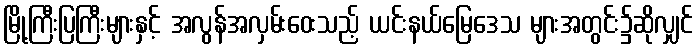
မြို့ကြီးပြကြီးများနှင့် အလွန်အလှမ်းဝေးသည့် ယင်းနယ်မြေဒေသ များအတွင်း၌ဆိုလျှင်